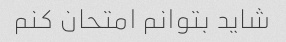
شاید بتوانم امتحان کنم